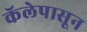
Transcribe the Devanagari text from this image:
कॅलेपासून